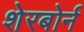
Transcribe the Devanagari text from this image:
शेरबोर्न